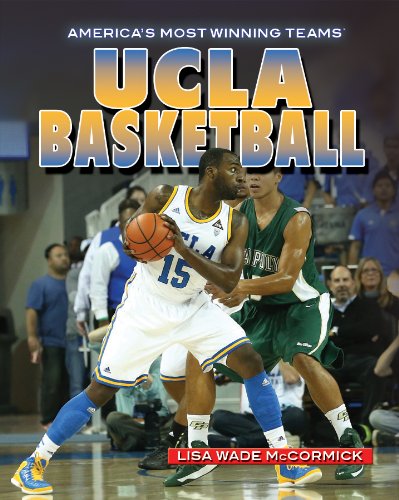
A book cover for UCLA Basketball (America's Most Winning Teams); Lisa Wade McCormick; Teen & Young Adult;